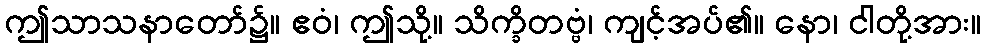
ဤသာသနာတော်၌။ ဧဝံ၊ ဤသို့။ သိက္ခိတဗ္ဗံ၊ ကျင့်အပ်၏။ နော၊ ငါတို့အား။